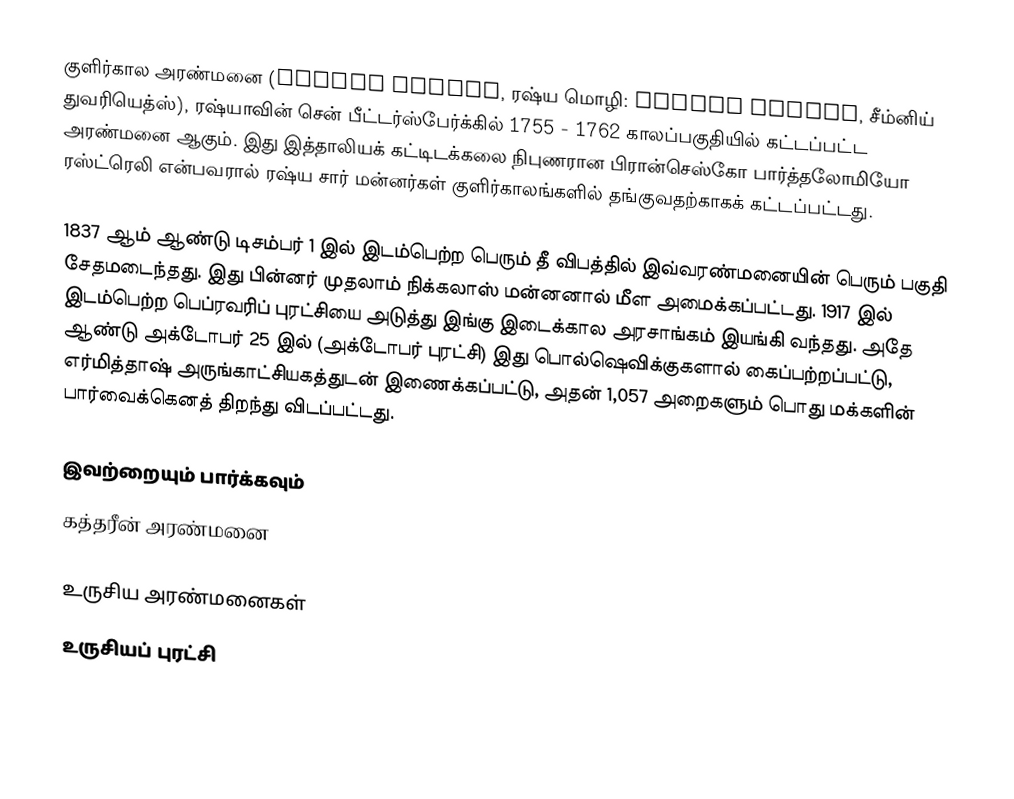
குளிர்கால அரண்மனை (Winter Palace, ரஷ்ய மொழி: Зимний дворец, சீம்னிய் துவரியெத்ஸ்), ரஷ்யாவின் சென் பீட்டர்ஸ்பேர்க்கில் 1755 - 1762 காலப்பகுதியில் கட்டப்பட்ட அரண்மனை ஆகும். இது இத்தாலியக் கட்டிடக்கலை நிபுணரான பிரான்செஸ்கோ பார்த்தலோமியோ ரஸ்ட்ரெலி என்பவரால் ரஷ்ய சார் மன்னர்கள் குளிர்காலங்களில் தங்குவதற்காகக் கட்டப்பட்டது.

1837 ஆம் ஆண்டு டிசம்பர் 1 இல் இடம்பெற்ற பெரும் தீ விபத்தில் இவ்வரண்மனையின் பெரும் பகுதி சேதமடைந்தது. இது பின்னர் முதலாம் நிக்கலாஸ் மன்னனால் மீள அமைக்கப்பட்டது. 1917 இல் இடம்பெற்ற பெப்ரவரிப் புரட்சியை அடுத்து இங்கு இடைக்கால அரசாங்கம் இயங்கி வந்தது. அதே ஆண்டு அக்டோபர் 25 இல் (அக்டோபர் புரட்சி) இது பொல்ஷெவிக்குகளால் கைப்பற்றப்பட்டு, எர்மித்தாஷ் அருங்காட்சியகத்துடன் இணைக்கப்பட்டு, அதன் 1,057 அறைகளும் பொது மக்களின் பார்வைக்கெனத் திறந்து விடப்பட்டது.

இவற்றையும் பார்க்கவும்
 கத்தரீன் அரண்மனை

உருசிய அரண்மனைகள்
உருசியப் புரட்சி

de:Eremitage (Sankt Petersburg)#Gebäude